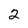
Character: 2